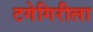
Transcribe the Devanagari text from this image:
टगेगिरीला